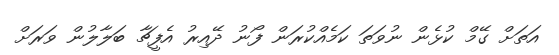
އަތަށް ގޭމް ކުޅެން ނުވަތަ ކަމެއްކުރަން ފޯނު ދޭއިރު އެފީޗާ ބަލާލުން ވަރަށް